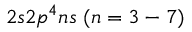
{ 2 s 2 p ^ { 4 } n s ~ ( n = 3 - 7 ) }